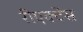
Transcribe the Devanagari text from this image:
रीएक्टेंस